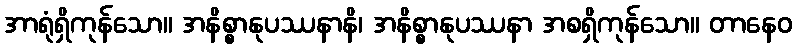
အာရုံရှိကုန်သော။ အနိစ္စာနုပဿနာနိ၊ အနိစ္စာနုပဿနာ အစရှိကုန်သော။ တာနေဝ